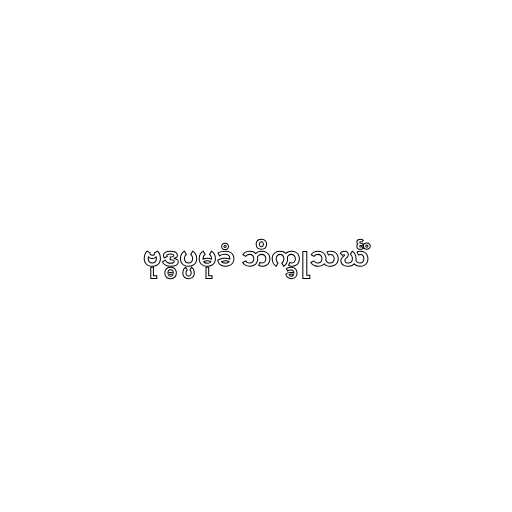
ဗုဒ္ဓပ္ပမုခံ ဘိက္ခုသင်္ဃံ